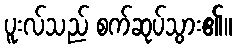
ပူးလ်သည် စက်ဆုပ်သွား၏။